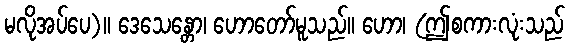
မလိုအပ်ပေ)။ ဒေသေန္တော၊ ဟောတော်မူသည်။ ဟော၊ (ဤစကားလုံးသည်